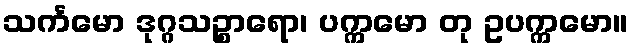
သင်္ကမော ဒုဂ္ဂသဉ္စာရော၊ ပက္ကမော တု ဥပက္ကမော။